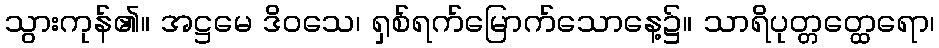
သွားကုန်၏။ အဋ္ဌမေ ဒိဝသေ၊ ရှစ်ရက်မြောက်သောနေ့၌။ သာရိပုတ္တတ္ထေရော၊